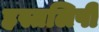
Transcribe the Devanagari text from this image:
हस्तलिपी